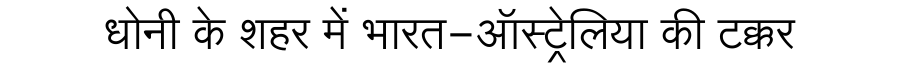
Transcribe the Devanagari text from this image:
धोनी के शहर में भारत-ऑस्ट्रेलिया की टक्कर